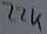
Text: 22K